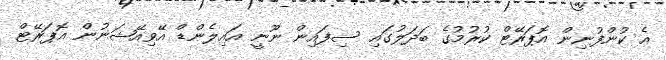
އެ ކުންފުނިން އޮޕަރޭޓް ކުރުމުގެ ބަދަލުގައި ސިފައިން ނޫނީ އައިލެންޑް އޭވިއޭޝަނުން އޮޕަރޭޓް